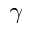
\gamma